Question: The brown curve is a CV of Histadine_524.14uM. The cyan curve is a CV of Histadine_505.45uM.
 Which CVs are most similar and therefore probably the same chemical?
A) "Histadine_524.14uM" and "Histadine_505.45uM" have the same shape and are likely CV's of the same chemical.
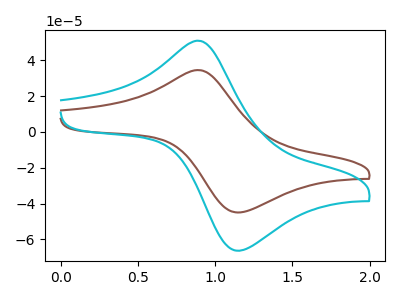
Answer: <think>The brown curve "Histadine_524.14uM" has an anodic peak at (0.90V, 34.50uA) and a cathodic peak at (1.15V, -44.90uA). The cyan curve "Histadine_505.45uM" has an anodic peak at (0.90V, 50.90uA) and a cathodic peak at (1.15V, -66.15uA).
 All the peaks in "Histadine_524.14uM" have a peak in "Histadine_505.45uM" at the same potential. Every peak in "Histadine_524.14uM" is lower than every peak in "Histadine_505.45uM".</think>
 <answer>A) "Histadine_524.14uM" and "Histadine_505.45uM" have the same shape and are likely CV's of the same chemical.</answer>
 <eval>A</eval>